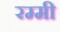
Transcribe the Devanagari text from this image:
रम्मी